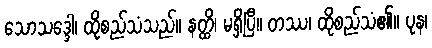
သောသဒ္ဒေါ၊ ထိုစည်သံသည်။ နတ္ထိ၊ မရှိပြီ။ တဿ၊ ထိုစည်သံ၏။ ပုန၊